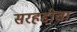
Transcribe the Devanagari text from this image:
सरहद्दीचा